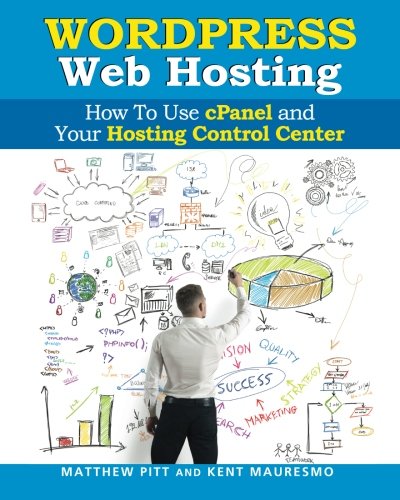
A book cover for WordPress Web Hosting: How To Use cPanel and Your Hosting Control Center (Read2L; Kent Mauresmo; Computers & Technology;